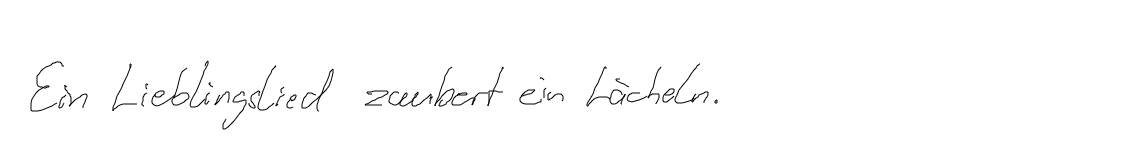
Ein Lieblingslied zaubert ein Lächeln.